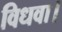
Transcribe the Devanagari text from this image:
विधवा।